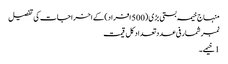
منہاج خیمہ بستی بڑی (500 افراد) کے اخراجات کی تفصیل
نمبرشمار فی عدد تعداد کل قیمت
1 خیمے ۔